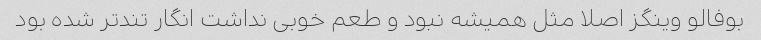
بوفالو وینگز اصلا مثل همیشه نبود و طعم خوبی نداشت انگار تندتر شده بود